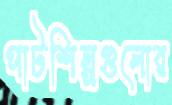
পাটশিল্পগুলোর